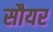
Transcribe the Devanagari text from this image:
सौयर